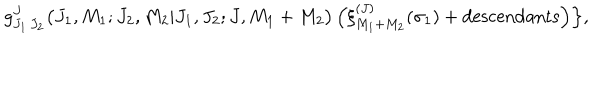
LaTeX: g _ { J _ { 1 } \, J _ { 2 } } ^ { J } \bigl ( J _ { 1 } , M _ { 1 } ; J _ { 2 } , M _ { 2 } \vert J _ { 1 } , J _ { 2 } ; J , M _ { 1 } + M _ { 2 } \bigr ) \, \Bigl ( \xi _ { M _ { 1 } + M _ { 2 } } ^ { ( J ) } ( \sigma _ { 1 } ) + \mathrm { d e s c e n d a n t s } \Bigr ) \Bigr \} ,